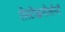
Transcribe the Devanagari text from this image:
रोस्टेखनोलोजी